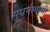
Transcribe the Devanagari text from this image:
सुधर्मस्वामी